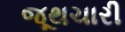
જૂથચારી